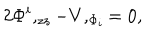
2 \Phi ^ { i } , _ { z z } - V , _ { \Phi _ { i } } = 0 ,